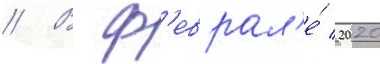
// В ф'еврал'е́ 2020